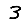
Digit: 3